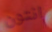
انتون